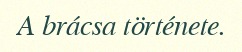
A brácsa története.